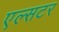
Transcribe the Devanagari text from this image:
एल्सटर